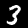
Digit: 3